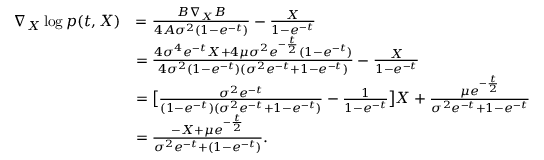
\begin{array} { r l } { \nabla _ { X } \log p ( t , X ) } & { = \frac { B \nabla _ { X } B } { 4 A \sigma ^ { 2 } ( 1 - e ^ { - t } ) } - \frac { X } { 1 - e ^ { - t } } } \\ & { = \frac { 4 \sigma ^ { 4 } e ^ { - t } X + 4 \mu \sigma ^ { 2 } e ^ { - \frac { t } { 2 } } ( 1 - e ^ { - t } ) } { 4 \sigma ^ { 2 } ( 1 - e ^ { - t } ) ( \sigma ^ { 2 } e ^ { - t } + 1 - e ^ { - t } ) } - \frac { X } { 1 - e ^ { - t } } } \\ & { = \big [ \frac { \sigma ^ { 2 } e ^ { - t } } { ( 1 - e ^ { - t } ) ( \sigma ^ { 2 } e ^ { - t } + 1 - e ^ { - t } ) } - \frac { 1 } { 1 - e ^ { - t } } \big ] X + \frac { \mu e ^ { - \frac { t } { 2 } } } { \sigma ^ { 2 } e ^ { - t } + 1 - e ^ { - t } } } \\ & { = \frac { - X + \mu e ^ { - \frac { t } { 2 } } } { \sigma ^ { 2 } e ^ { - t } + ( 1 - e ^ { - t } ) } . } \end{array}